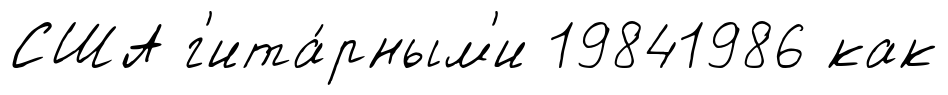
США г'ита́рным'и 19841986 как